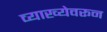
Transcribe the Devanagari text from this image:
व्याख्येवरून